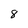
Character: 8